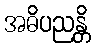
အဓိပညန္တိ